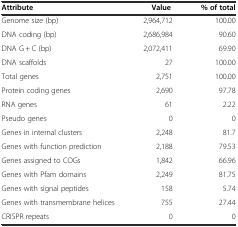
<table><thead><tr><td><b>Attribute</b></td><td><b>Value</b></td><td><b>% of total</b></td></tr></thead><tbody><tr><td>Genome size (bp)</td><td>2,964,712</td><td>100.00</td></tr><tr><td>DNA coding (bp)</td><td>2,686,984</td><td>90.60</td></tr><tr><td>DNA G + C (bp)</td><td>2,072,411</td><td>69.90</td></tr><tr><td>DNA scaffolds</td><td>27</td><td>100.00</td></tr><tr><td>Total genes</td><td>2,751</td><td>100.00</td></tr><tr><td>Protein coding genes</td><td>2,690</td><td>97.78</td></tr><tr><td>RNA genes</td><td>61</td><td>2.22</td></tr><tr><td>Pseudo genes</td><td>0</td><td>0</td></tr><tr><td>Genes in internal clusters</td><td>2,248</td><td>81.7</td></tr><tr><td>Genes with function prediction</td><td>2,188</td><td>79.53</td></tr><tr><td>Genes assigned to COGs</td><td>1,842</td><td>66.96</td></tr><tr><td>Genes with Pfam domains</td><td>2,249</td><td>81.75</td></tr><tr><td>Genes with signal peptides</td><td>158</td><td>5.74</td></tr><tr><td>Genes with transmembrane helices</td><td>755</td><td>27.44</td></tr><tr><td>CRISPR repeats</td><td>0</td><td>0</td></tr></tbody></table>